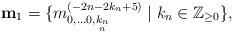
LaTeX: \begin{align*}{\bf m}_{1} =\{ m^{(-2n-2k_{n}+5)}_{0,\ldots 0,\underset{n}{k_{n}}}\mid k_{n}\in \mathbb{Z}_{\geq0} \},\end{align*}